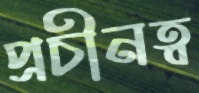
প্রচীনত্ব